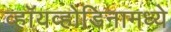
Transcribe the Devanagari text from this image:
व्हॉयव्होडिनामध्ये